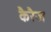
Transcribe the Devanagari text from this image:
कैरैज